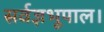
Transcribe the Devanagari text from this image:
सर्वज्ञभूपाल।